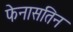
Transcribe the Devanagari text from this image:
फेनासतिन